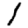
Digit: 1